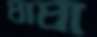
ঘাঘা